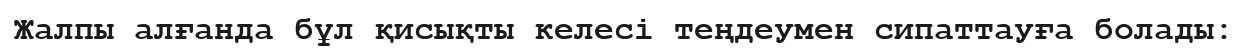
Жалпы алғанда бұл қисықты келесі теңдеумен сипаттауға болады: